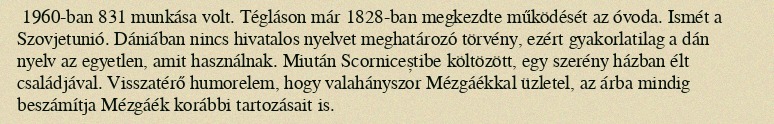
1960-ban 831 munkása volt. Tégláson már 1828-ban megkezdte működését az óvoda. Ismét a Szovjetunió. Dániában nincs hivatalos nyelvet meghatározó törvény, ezért gyakorlatilag a dán nyelv az egyetlen, amit használnak. Miután Scorniceștibe költözött, egy szerény házban élt családjával. Visszatérő humorelem, hogy valahányszor Mézgáékkal üzletel, az árba mindig beszámítja Mézgáék korábbi tartozásait is.